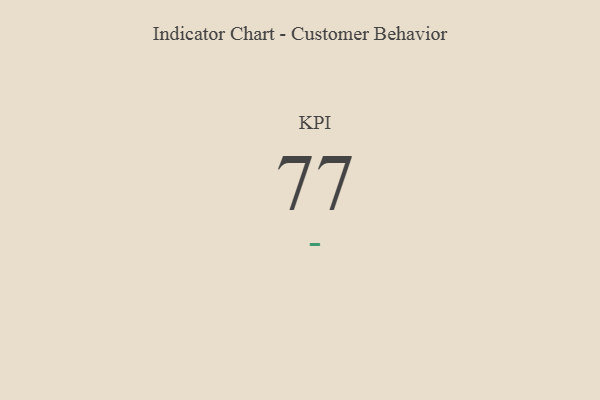
{"axis": {"x": "KPI", "y": "Value"}, "legend": [""], "data": [{"x": "KPI", "y": 77, "type": ""}]}